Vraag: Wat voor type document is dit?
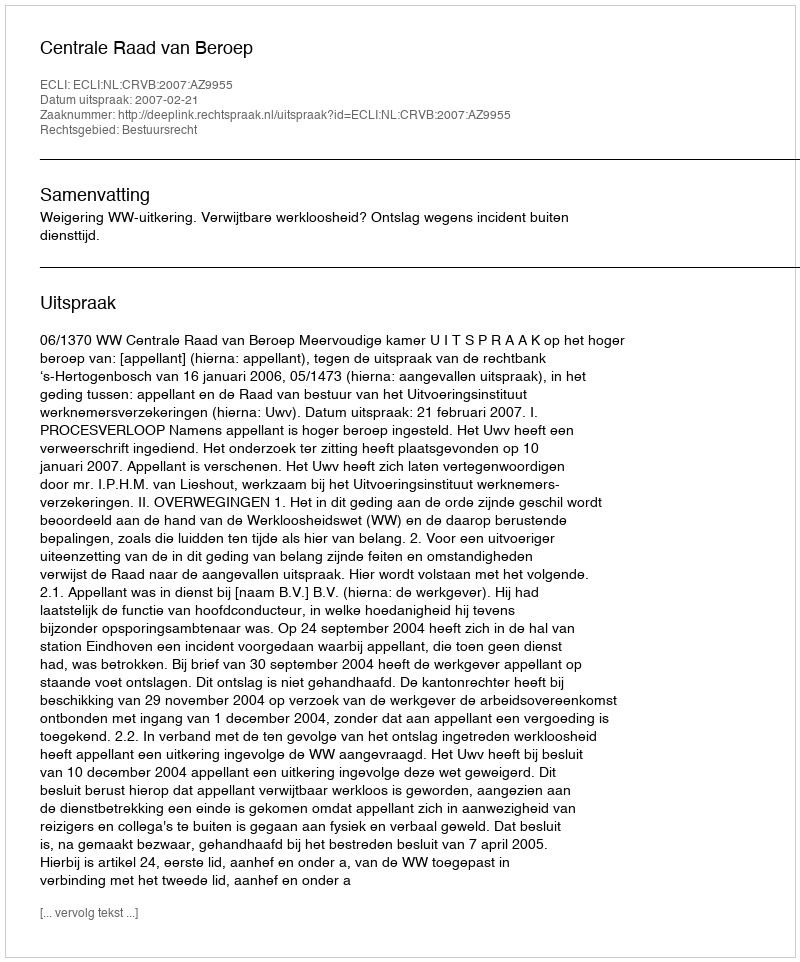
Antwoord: Uitspraak